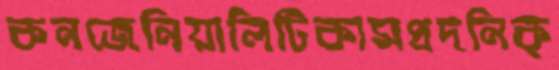
কনজেনিয়ালিটিকামপ্রদনিক্